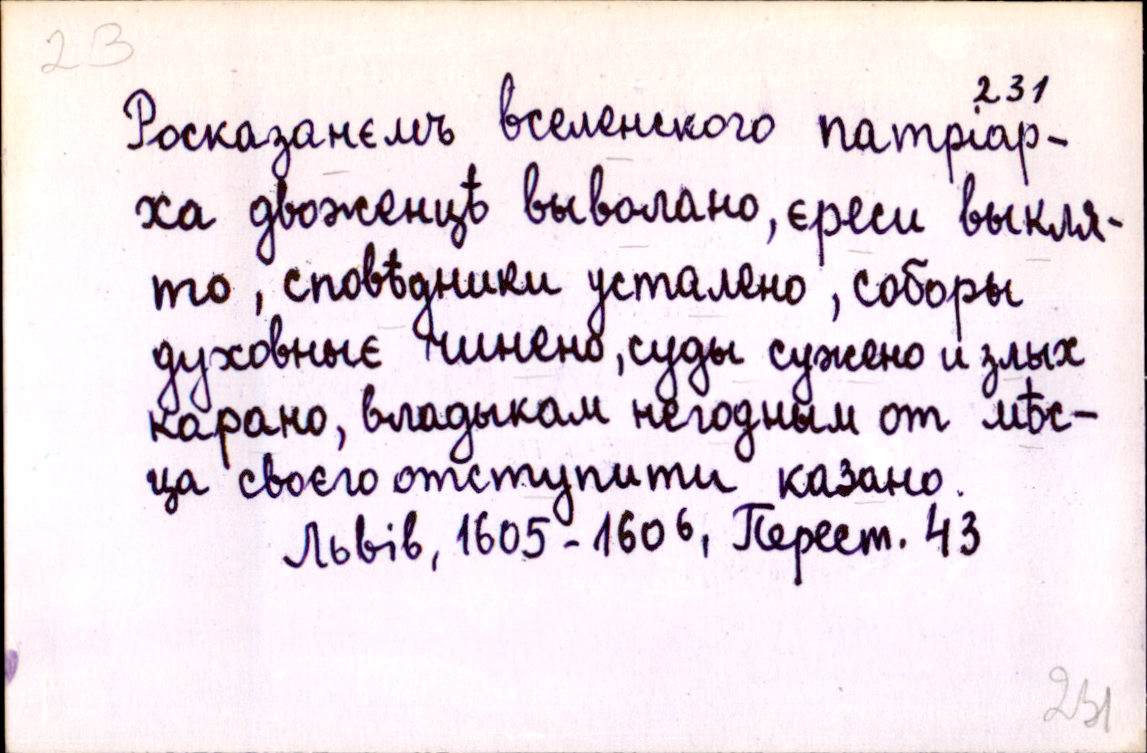
Росказанємъ вселенского патріар-
ха двоженцѣ выволано, єреси выкля-
то, сповѣдники усталено, соборы
духовныє чинено, суды сужено и злых
карано, владыкам негодным от мѣс-
ца своєго отступити казано.
Львів, 1605-1606, Перест. 43